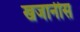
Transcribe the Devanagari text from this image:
खजानीस